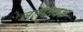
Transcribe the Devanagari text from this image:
जलप्लवक